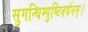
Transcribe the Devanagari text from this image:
सुगन्धिम्पुष्टिवर्धनम्‌।